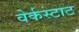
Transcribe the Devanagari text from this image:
वेर्कस्टाट